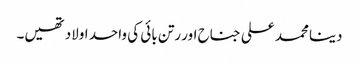
دینا محمد علی جناح اور رتن بائی کی واحد اولاد تھیں۔